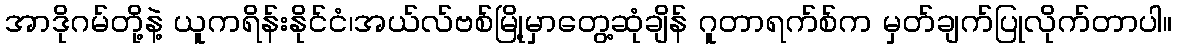
အာဒိုဂမ်တို့နဲ့ ယူကရိန်းနိုင်ငံ၊အယ်လ်ဗစ်မြို့မှာတွေ့ဆုံချိန် ဂူတာရက်စ်က မှတ်ချက်ပြုလိုက်တာပါ။